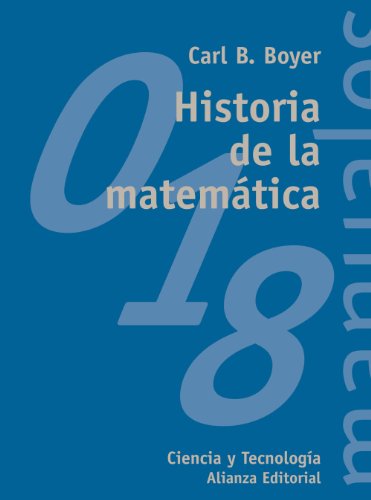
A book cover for Historia de la matemÃ¡tica / A History of Mathematics (Spanish Edition); Carl B. Boyer; Science & Math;